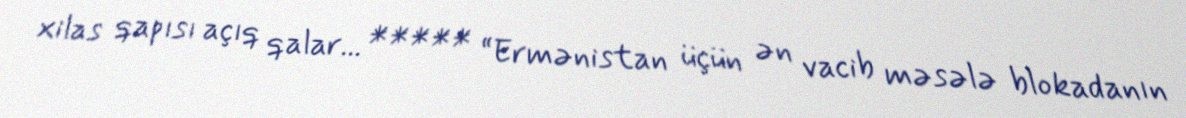
xilas qapısı açıq qalar... ***** “Ermənistan üçün ən vacib məsələ blokadanın